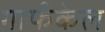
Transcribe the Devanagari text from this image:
गार्फंकेल